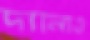
দ্যানাও